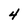
Character: 4